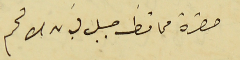
حضرة محافظ جبل لبنان الافخم